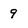
Character: 9